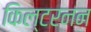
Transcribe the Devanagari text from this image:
किल्टरनन